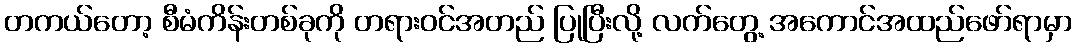
တကယ်တော့ စီမံကိန်းတစ်ခုကို တရားဝင်အတည် ပြုပြီးလို့ လက်တွေ့ အကောင်အထည်ဖော်ရာမှာ